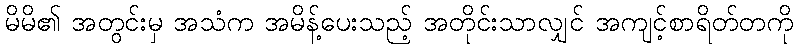
မိမိ၏ အတွင်းမှ အသံက အမိန့်ပေးသည့် အတိုင်းသာလျှင် အကျင့်စာရိတ်တကို